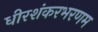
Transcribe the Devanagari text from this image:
धीरशंकरभरणम